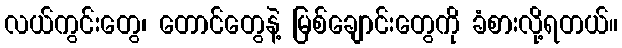
လယ်ကွင်းတွေ၊ တောင်တွေနဲ့ မြစ်ချောင်းတွေကို ခံစားလို့ရတယ်။